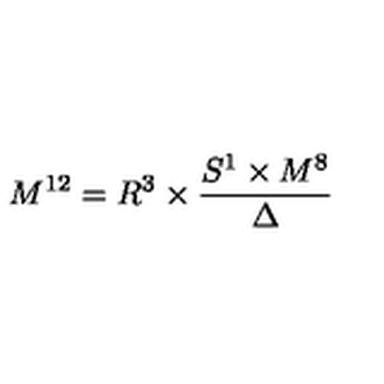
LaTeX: M ^ { 1 2 } = R ^ { 3 } \times \frac { S ^ { 1 } \times M ^ { 8 } } { \Delta }